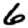
Digit: 6